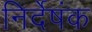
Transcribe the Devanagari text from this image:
निर्देषंक